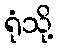
ရုံသို့